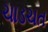
ચાડચત